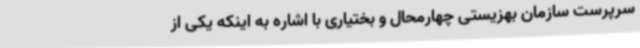
سرپرست سازمان بهزیستی چهارمحال و بختیاری با اشاره به اینکه یکی از